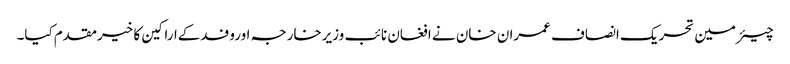
چیئرمین تحریک انصاف عمران خان نے افغان نائب وزیرخارجہ اوروفدکےاراکین کا خیرمقدم کیا۔